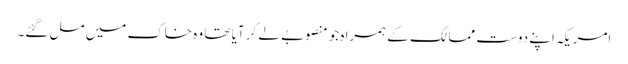
امریکہ اپنے دوست ممالک کے ہمراہ جو منصوبے لے کر آیا تھا وہ خاک میں مل گئے۔